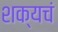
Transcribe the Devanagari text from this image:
शक्यचं